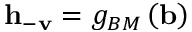
\mathbf { h } _ { - \mathbf { v } } = g _ { B M } \left( \mathbf { b } \right)